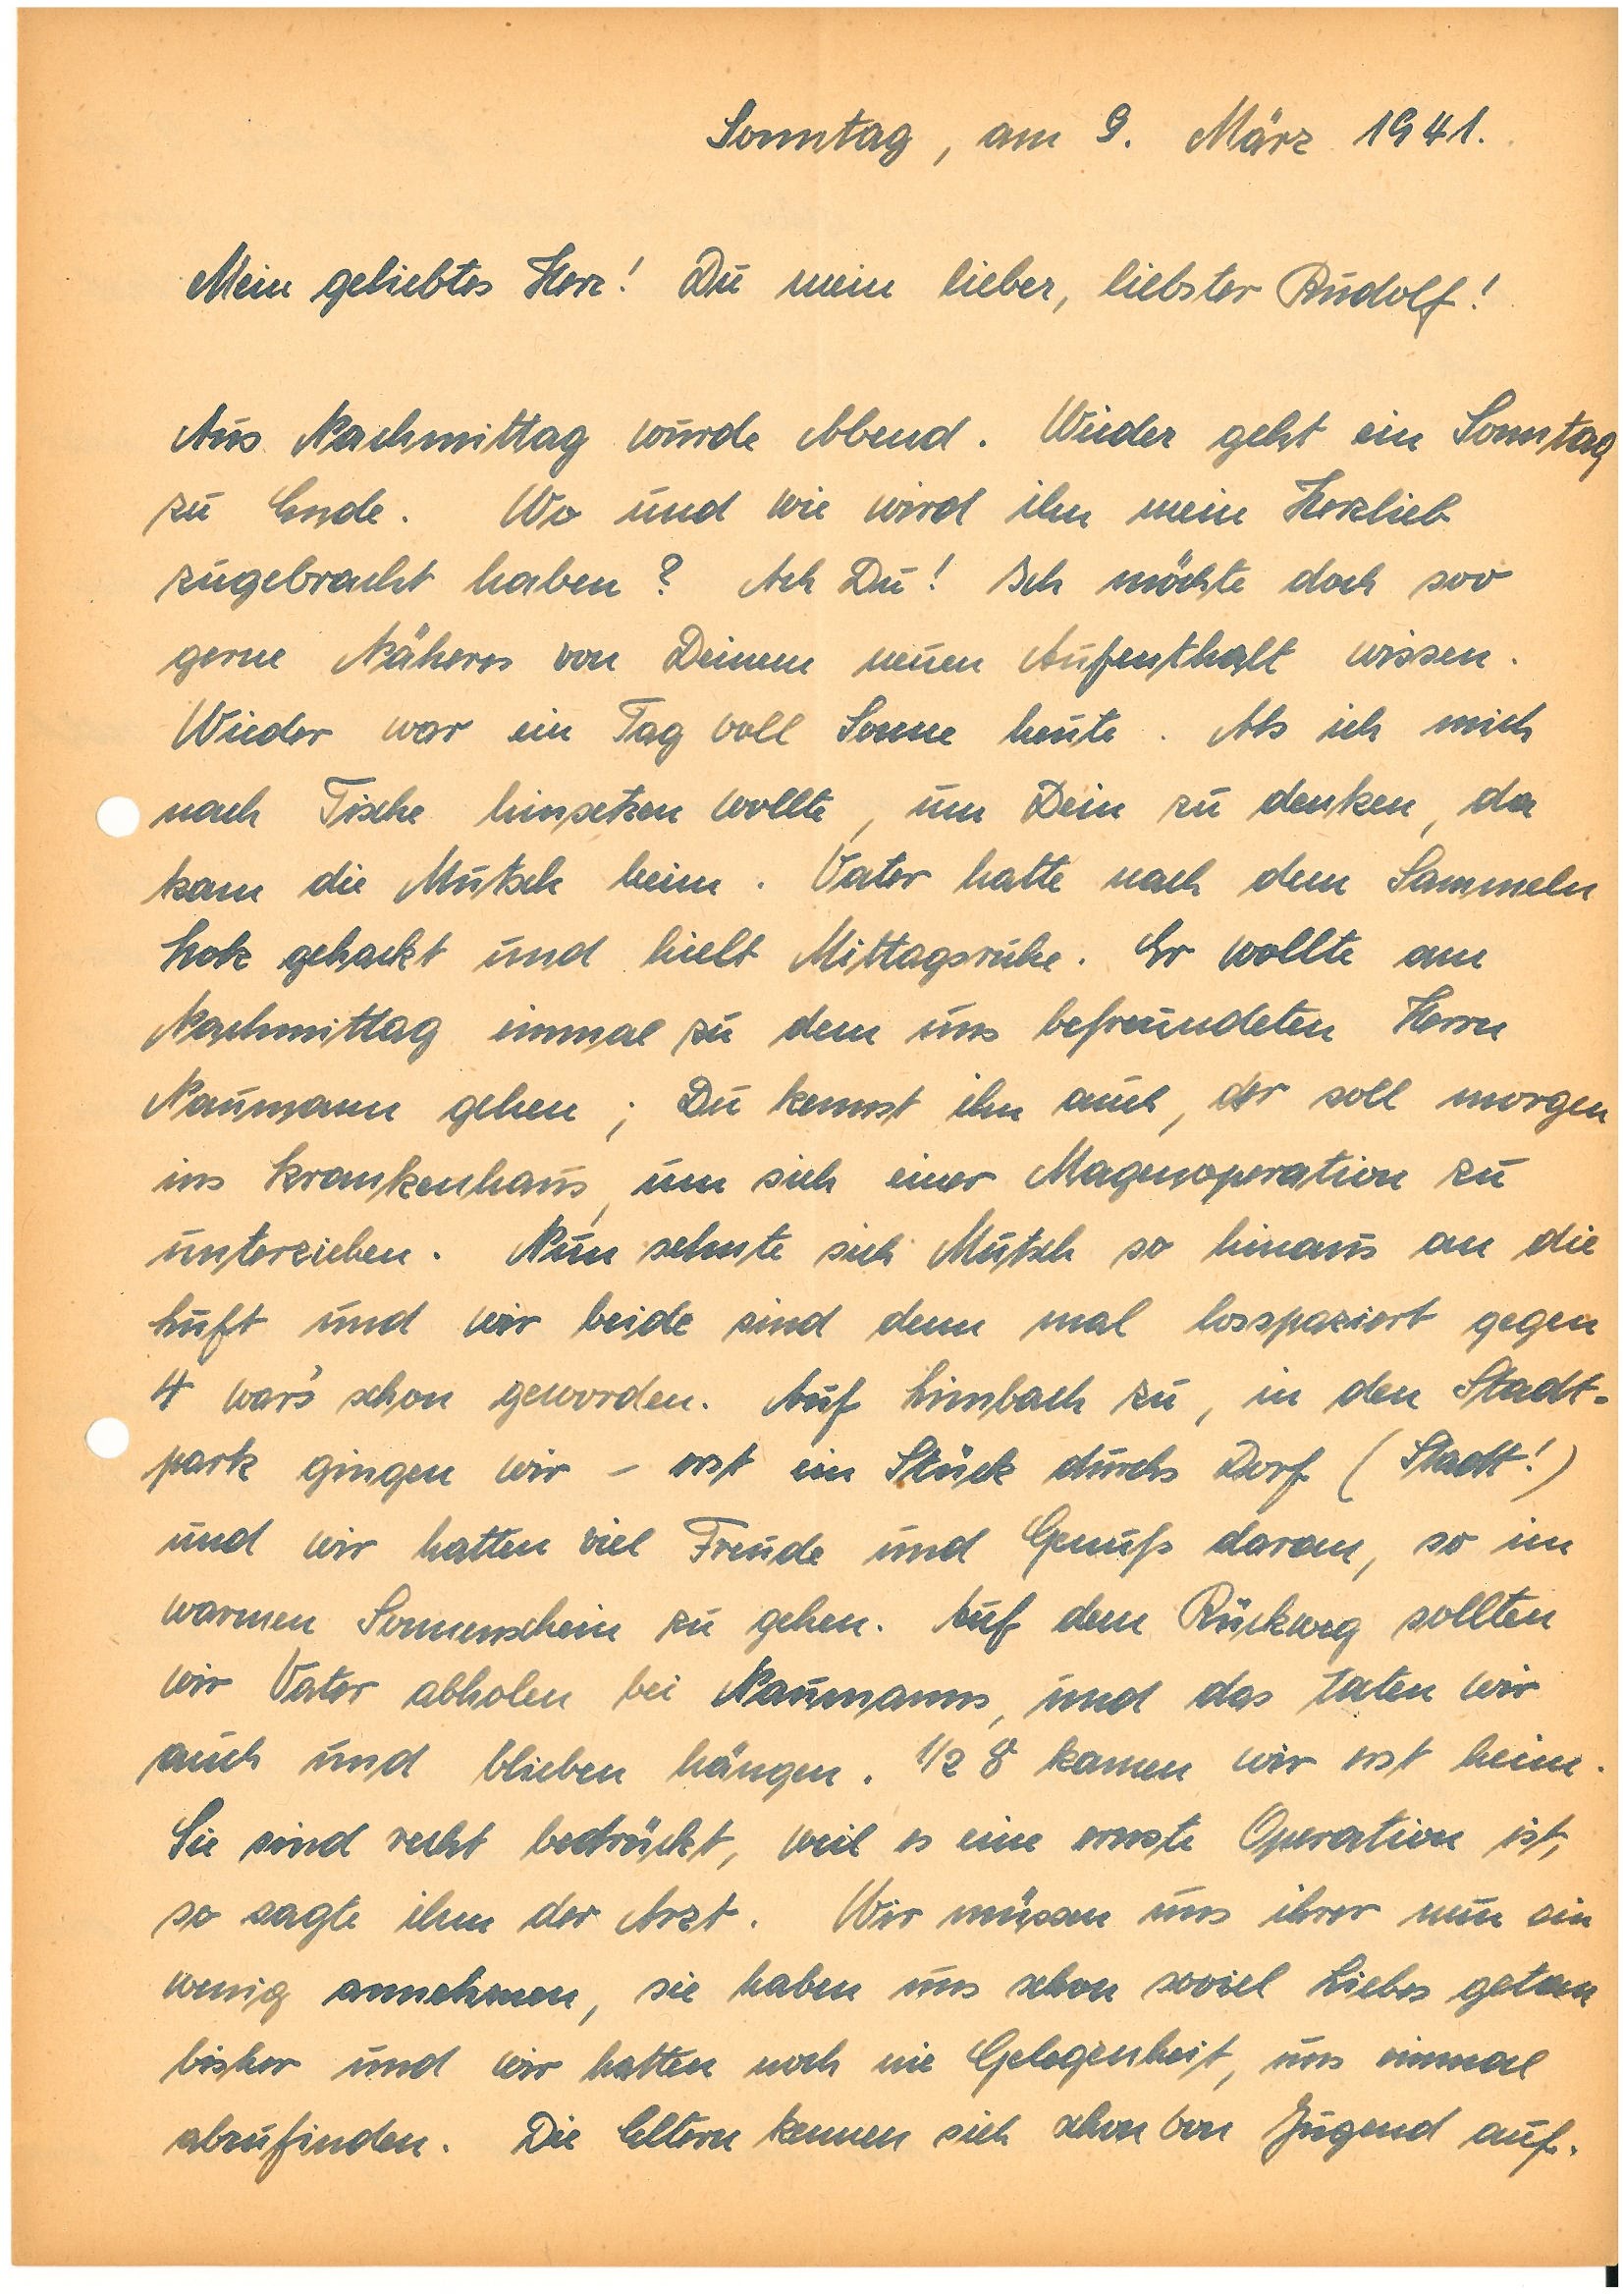
Sonntag, am 9. März 1941.
Mein geliebtes Herz! Du mein lieber, liebster!
Aus Nachmittag wurde Abend. Wieder geht ein Sonntag
zu Ende. Wo und wie wird ihn mein Herzlieb
zugebracht haben? Ach Du! Ich möchte doch soo
gerne Näheres von Deinem neuen Aufenthalt wissen.
Wieder war ein Tag voll Sonne heute. Als ich mich
nach Tische hinsetzen wollte, um Dein zu denken, da
kam die Mutsch heim. Vater hatte nach dem Sammeln
Holz gehackt und hielt Mittagsruhe. Er wollte am
Nachmittag einmal zu dem uns befreundeten Herrn
N. gehen; Du kennst ihn auch, der soll morgen
ins Krankenhaus, um sich einer Magenoperation zu
unterziehen. Nun sehnte sich Mutsch so hinaus an die
Luft und wir beide sind denn mal losspaziert gegen
4 wars‘schon geworden. Auf L. zu, in den Stadt¬
park gingen wir – erst ein Stück durchs Dorf (Stadt!)
und wir hatten viel Freude und Genuß daran, so im
warmen Sonnenschein zu gehen. Auf dem Rückweg sollten
wir Vater abholen bei N.s, und das taten wir
auch und blieben hängen. ½ 8 kamen wir erst heim.
Sie sind recht bedrückt, weil es eine ernste Operation ist,
so sagte ihm der Arzt. Wir müssen uns ihrer nun ein
wenig annehmen, sie haben uns schon so viel Liebes getan
bisher und wir hatten noch nie Gelegenheit, uns einmal
abzufinden. Die Eltern kennen sich schon von Jugend auf.